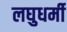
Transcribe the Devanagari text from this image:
लघुधर्मी